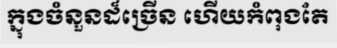
ក្នុងចំនួនដ៏ច្រើន ហើយកំពុងតែ